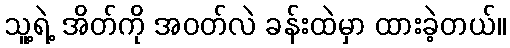
သူ့ရဲ့ အိတ်ကို အဝတ်လဲ ခန်းထဲမှာ ထားခဲ့တယ်။